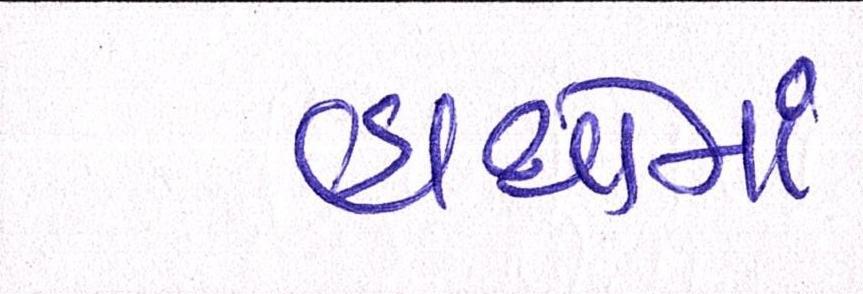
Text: હાથોમાં